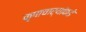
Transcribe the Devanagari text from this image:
कृपाचार्यांकडे